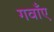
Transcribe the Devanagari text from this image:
गवाँए